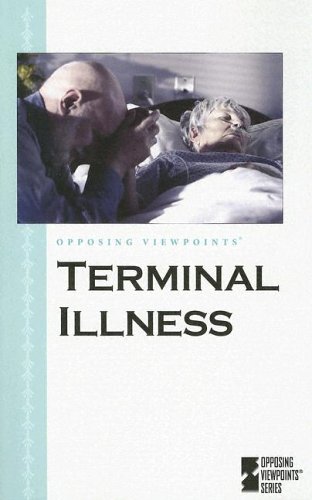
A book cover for Opposing Viewpoints Series - Terminal Illness; Andrea C Nakaya; Teen & Young Adult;